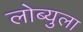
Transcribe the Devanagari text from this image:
लोब्युला